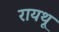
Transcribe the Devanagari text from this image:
रायथू